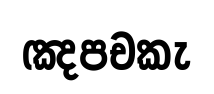
ඤපචකැ